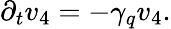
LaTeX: \partial_{t}v_{4}=-\gamma_{q}v_{4}.